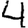
Digit: 4